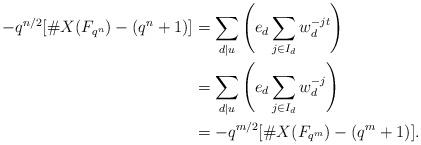
LaTeX: \begin{align*} -q^{n/2}[\#X(F_{q^n})-(q^n+1)]&=\sum_{d\mid u} \left( e_{d}\sum_{j\in I_d} w_d^{-jt} \right)\\&=\sum_{d\mid u} \left( e_{d}\sum_{j\in I_d} w_d^{-j} \right)\\&=-q^{m/2}[\#X(F_{q^m})-(q^m+1)].\end{align*}